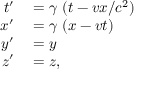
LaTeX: \begin{array} { r l } { t ^ { \prime } } & { { } = \gamma \ ( t - v x / c ^ { 2 } ) } \\ { x ^ { \prime } } & { { } = \gamma \ ( x - v t ) } \\ { y ^ { \prime } } & { { } = y } \\ { z ^ { \prime } } & { { } = z , } \end{array}